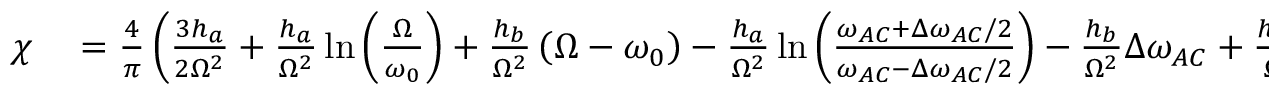
\begin{array} { r l } { \chi } & { { } = \frac { 4 } { \pi } \left( \frac { 3 h _ { a } } { 2 \Omega ^ { 2 } } + \frac { h _ { a } } { \Omega ^ { 2 } } \ln { \left( \frac { \Omega } { \omega _ { 0 } } \right) } + \frac { h _ { b } } { \Omega ^ { 2 } } \left( \Omega - \omega _ { 0 } \right) - \frac { h _ { a } } { \Omega ^ { 2 } } \ln { \left( \frac { \omega _ { A C } + \Delta \omega _ { A C } / 2 } { \omega _ { A C } - \Delta \omega _ { A C } / 2 } \right) } - \frac { h _ { b } } { \Omega ^ { 2 } } \Delta \omega _ { A C } + \frac { h _ { b } } { \Omega } + \frac { h _ { p e a k } } { \Omega ^ { 2 } } \Delta \omega _ { A C } \right) } \end{array}